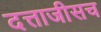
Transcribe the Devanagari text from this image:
दत्ताजीसच